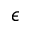
\epsilon